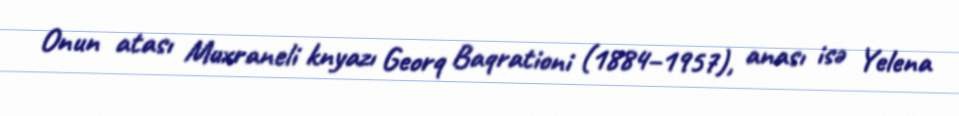
Onun atası Muxraneli knyazı Georq Baqrationi (1884–1957), anası isə Yelena